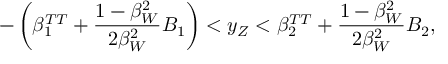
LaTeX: - \left( \beta _ { 1 } ^ { T T } + \frac { 1 - \beta _ { W } ^ { 2 } } { 2 \beta _ { W } ^ { 2 } } B _ { 1 } \right) < y _ { Z } < \beta _ { 2 } ^ { T T } + \frac { 1 - \beta _ { W } ^ { 2 } } { 2 \beta _ { W } ^ { 2 } } B _ { 2 } ,